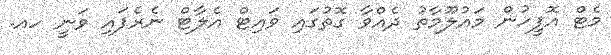
މެޓް އޮފީހުން މައުލޫމާތު ދެއްވާ ގޮތުގައި ވައިޓް އެލާޓް ނެރެފައި ވަނީ ހއ.